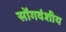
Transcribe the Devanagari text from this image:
सोंगवंशीय